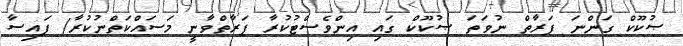
ޞުކޫކް ގަންނަ ފަރާތް ނުވަތަ ޞުކޫކް ގައި އިންވެސްޓުކުރާ ފަރާތްވާނީ މަސައްކަތްނުކުރާ/ ފައިސާ